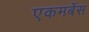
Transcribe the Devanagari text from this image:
एकमबेंस